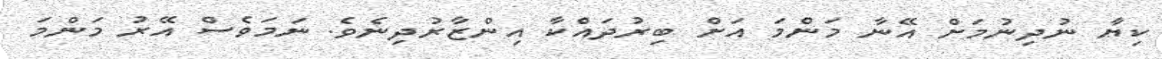
ކިޔާ ނުދިނުމަށް އޭނާ މަންމަ އަށް ބިރުދައްކާ އިންޒާރުދިނެވެ. ނަމަވެސް އޭރު މަންމަ